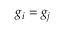
g _ { i } = g _ { j }